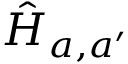
\hat { H } _ { a , a ^ { \prime } }